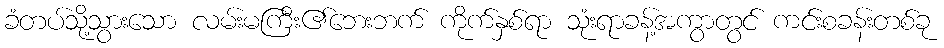
ခံတပ်သို့သွားသော လမ်းမကြီး၏ဘေးဘက် ကိုက်နှစ်ရာ သုံးရာခန့်အကွာတွင် ကင်းစခန်းတစ်ခု